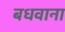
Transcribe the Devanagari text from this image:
बधवाना